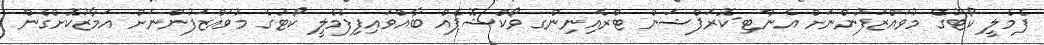
ފެމެލީ ކޯޓުގެ މުވައްޒަފުންނަށް އެންޓި-ކޮރަޕްޝަން ޓްރެއިނިންގ ވޯކްޝޮޕެއް ބާއްވައިފިފެމެލީ ކޯޓުގެ މުވައްޒަފުންނަށް އަމާޒުކޮށްގެން